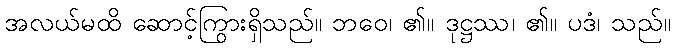
အလယ်မထိ ဆောင့်ကြွားရှိသည်။ ဘဝေ၊ ၏။ ဒုဋ္ဌဿ၊ ၏။ ပဒံ၊ သည်။